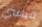
قياسي